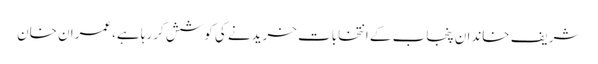
شریف خاندان پنجاب کے انتخابات خریدنے کی کوشش کررہا ہے،عمران خان